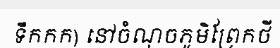
ទឹកកក) នៅចំណុចភូមិព្រែកថី